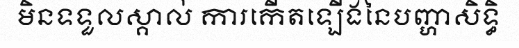
មិនទទួលស្គាល់ ការកើតឡើងនៃបញ្ហាសិទ្ធិ